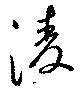
淩